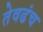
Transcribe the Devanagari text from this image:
तेवढंच